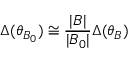
\Delta ( \theta _ { B _ { 0 } } ) \cong \frac { | B | } { | B _ { 0 } | } \Delta ( \theta _ { B } )